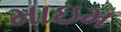
માઇમ